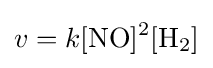
v=k{\ce {[NO]^2[H2]}}